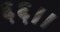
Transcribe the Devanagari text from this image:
६६।।